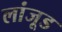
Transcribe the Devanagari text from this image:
लांजूड